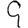
Digit: 9